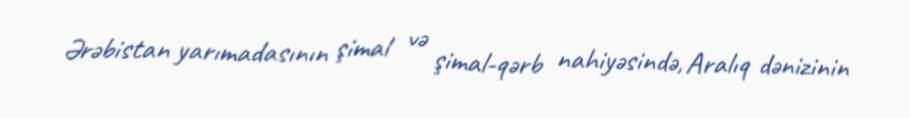
Ərəbistan yarımadasının şimal və şimal-qərb nahiyəsində, Aralıq dənizinin